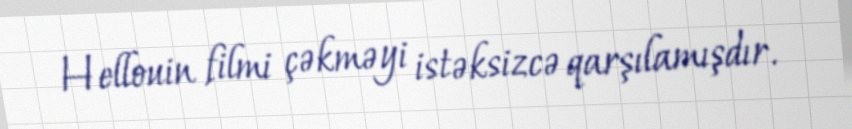
Hellouin filmi çəkməyi istəksizcə qarşılamışdır.